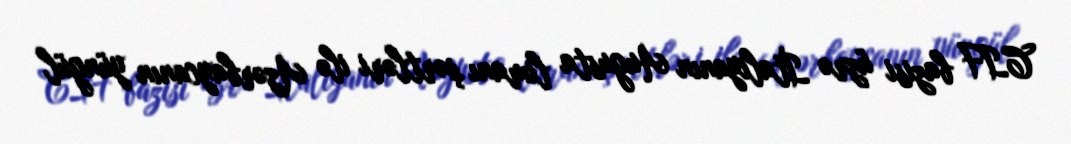
CIF bazisi üzrə İtaliyanın Augusta limanı şərtləri ilə Azərbaycanın yüngül